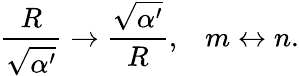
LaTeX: {\frac{R}{\sqrt{\alpha^{\prime}}}}\rightarrow{\frac{\sqrt{\alpha^{\prime}}}{R}},\; \; \; m\leftrightarrow n.